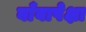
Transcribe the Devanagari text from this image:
बाँबापेक्षा